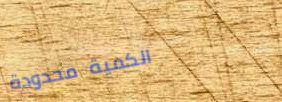
الكمية محدودة